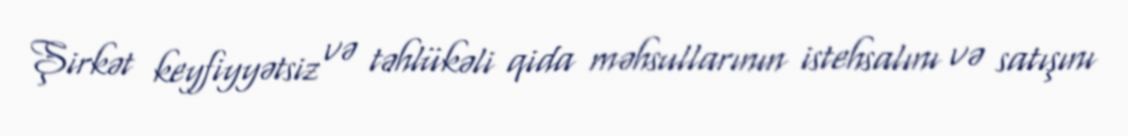
Şirkət keyfiyyətsiz və təhlükəli qida məhsullarının istehsalını və satışını